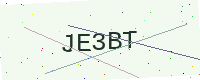
Text: JE3BT